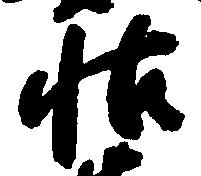
帖